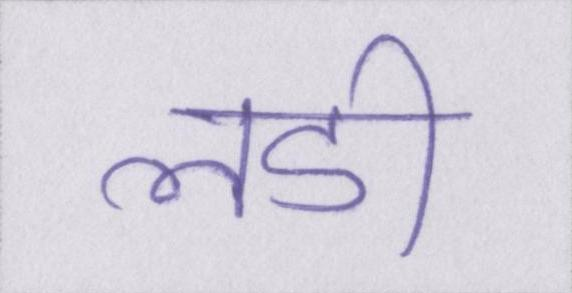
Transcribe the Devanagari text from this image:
लडी